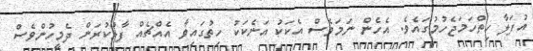
އުފަލާ ހިތްހަމަޖެހުމުގައެވެ. އެހެން ނަމަވެސް އެކަކު އަނެކަކު ހިތުގައިވާ އެއްޗެއް ފާޅުކުރަން ދެމީހުންވެސް